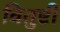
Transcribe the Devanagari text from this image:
वितुष्टी